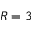
R = 3